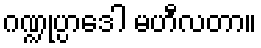
ဂဏ္ဍုပ္ပာဒေါ မဟီလတာ။